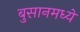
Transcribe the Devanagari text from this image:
बुसानमध्ये